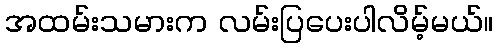
အထမ်းသမားက လမ်းပြပေးပါလိမ့်မယ်။